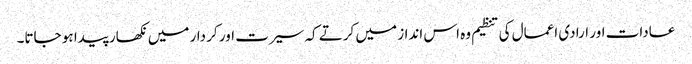
عادات اور ارادی اعمال کی تنظیم وہ اس انداز میں کرتے کہ سیرت اور کر دار میں نکھار پیدا ہو جاتا۔